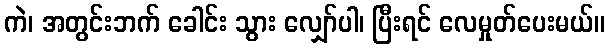
ကဲ၊ အတွင်းဘက် ခေါင်း သွား လျှော်ပါ၊ ပြီးရင် လေမှုတ်ပေးမယ်။